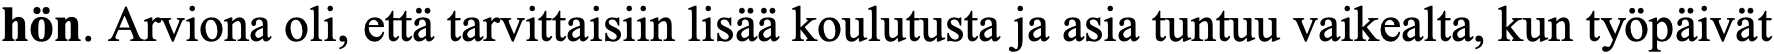
hön. Arviona oli, että tarvittaisiin lisää koulutusta ja asia tuntuu vaikealta, kun työpäivät